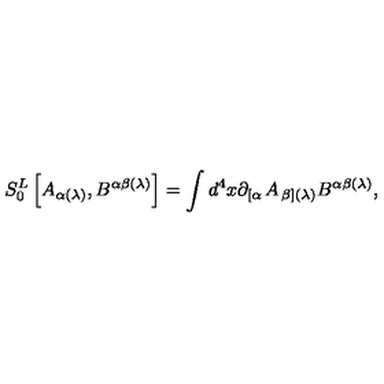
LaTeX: S _ { 0 } ^ { L } \left[ A _ { \alpha ( \lambda ) } , B ^ { \alpha \beta ( \lambda ) } \right] = \int d ^ { 4 } x \partial _ { \left[ \alpha \right. } A _ { \left. \beta \right] ( \lambda ) } B ^ { \alpha \beta ( \lambda ) } ,